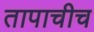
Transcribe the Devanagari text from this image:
तापाचीच